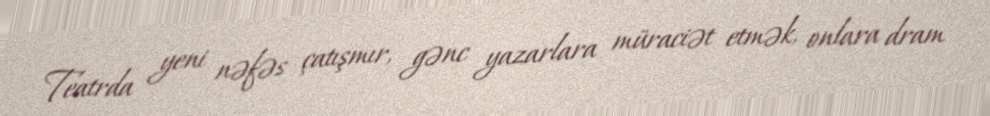
Teatrda yeni nəfəs çatışmır, gənc yazarlara müraciət etmək, onlara dram